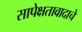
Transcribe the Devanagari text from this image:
सापेक्षतावादाचे